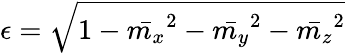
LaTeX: \epsilon=\sqrt{1-\bar{m_{x}}^{2}-\bar{m_{y}}^{2}-\bar{m_{z}}^{2}}